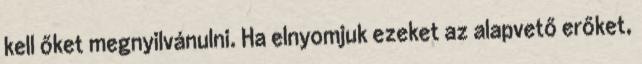
kell őket megnyilvánulni. Ha elnyomjuk ezeket az alapvető erőket,